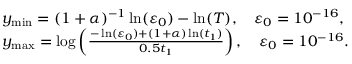
\begin{array} { r l } & { y _ { \operatorname* { m i n } } = ( 1 + \alpha ) ^ { - 1 } \ln ( \varepsilon _ { 0 } ) - \ln ( T ) , \quad \varepsilon _ { 0 } = 1 0 ^ { - 1 6 } , } \\ & { y _ { \operatorname* { m a x } } = \log \left( \frac { - \ln ( \varepsilon _ { 0 } ) + ( 1 + \alpha ) \ln ( t _ { 1 } ) } { 0 . 5 t _ { 1 } } \right) , \quad \varepsilon _ { 0 } = 1 0 ^ { - 1 6 } . } \end{array}